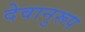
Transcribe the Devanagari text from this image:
देवानुरूप